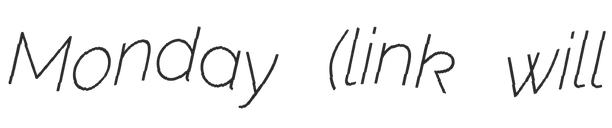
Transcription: Monday (link will